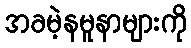
အခမဲ့နမူနာများကို